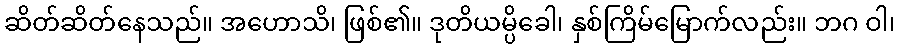
ဆိတ်ဆိတ်နေသည်။ အဟောသိ၊ ဖြစ်၏။ ဒုတိယမ္ပိခေါ၊ နှစ်ကြိမ်မြောက်လည်း။ ဘဂ ဝါ၊